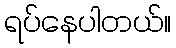
ရပ်နေပါတယ်။